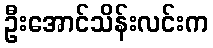
ဦးအောင်သိန်းလင်းက